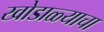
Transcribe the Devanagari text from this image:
खोडाळ्याचा